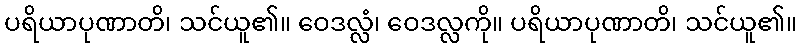
ပရိယာပုဏာတိ၊ သင်ယူ၏။ ဝေဒလ္လံ၊ ဝေဒလ္လကို။ ပရိယာပုဏာတိ၊ သင်ယူ၏။